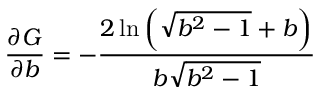
\frac { \partial G } { \partial b } = - \frac { 2 \ln \left( \sqrt { { { b } ^ { 2 } } - 1 } + b \right) } { b \sqrt { { { b } ^ { 2 } } - 1 } }